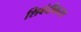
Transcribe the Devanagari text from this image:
शिबंदीकरता